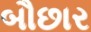
બૌછાર